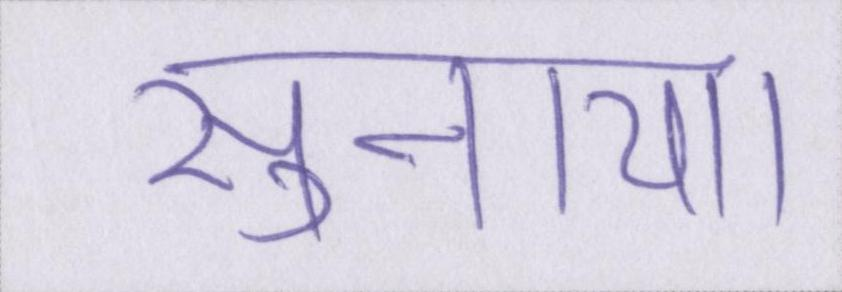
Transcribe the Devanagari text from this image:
सुनाया।